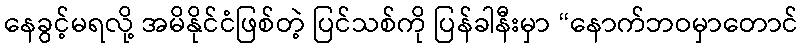
နေခွင့်မရလို့ အမိနိုင်ငံဖြစ်တဲ့ ပြင်သစ်ကို ပြန်ခါနီးမှာ “နောက်ဘဝမှာတောင်